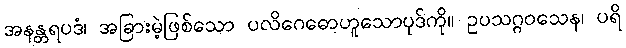
အနန္တရပဒံ၊ အခြားမဲ့ဖြစ်သော ပလိဂေဓောဟူသောပုဒ်ကို။ ဥပသဂ္ဂဝသေန၊ ပရိ